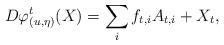
LaTeX: \begin{align*} D\varphi^t_{(u,\eta)}(X) = \sum\limits_i f_{t,i} A_{t,i} + X_t, \end{align*}